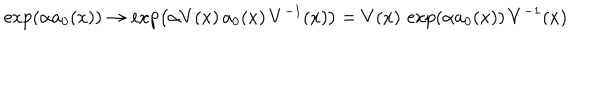
LaTeX: \exp \left( \alpha a _ { 0 } ( x ) \right) \to \exp \left( \alpha V ( x ) \, a _ { 0 } ( x ) \, V ^ { - 1 } ( x ) \right) = V ( x ) \, \exp \left( \alpha a _ { 0 } ( x ) \right) \, V ^ { - 1 } ( x )